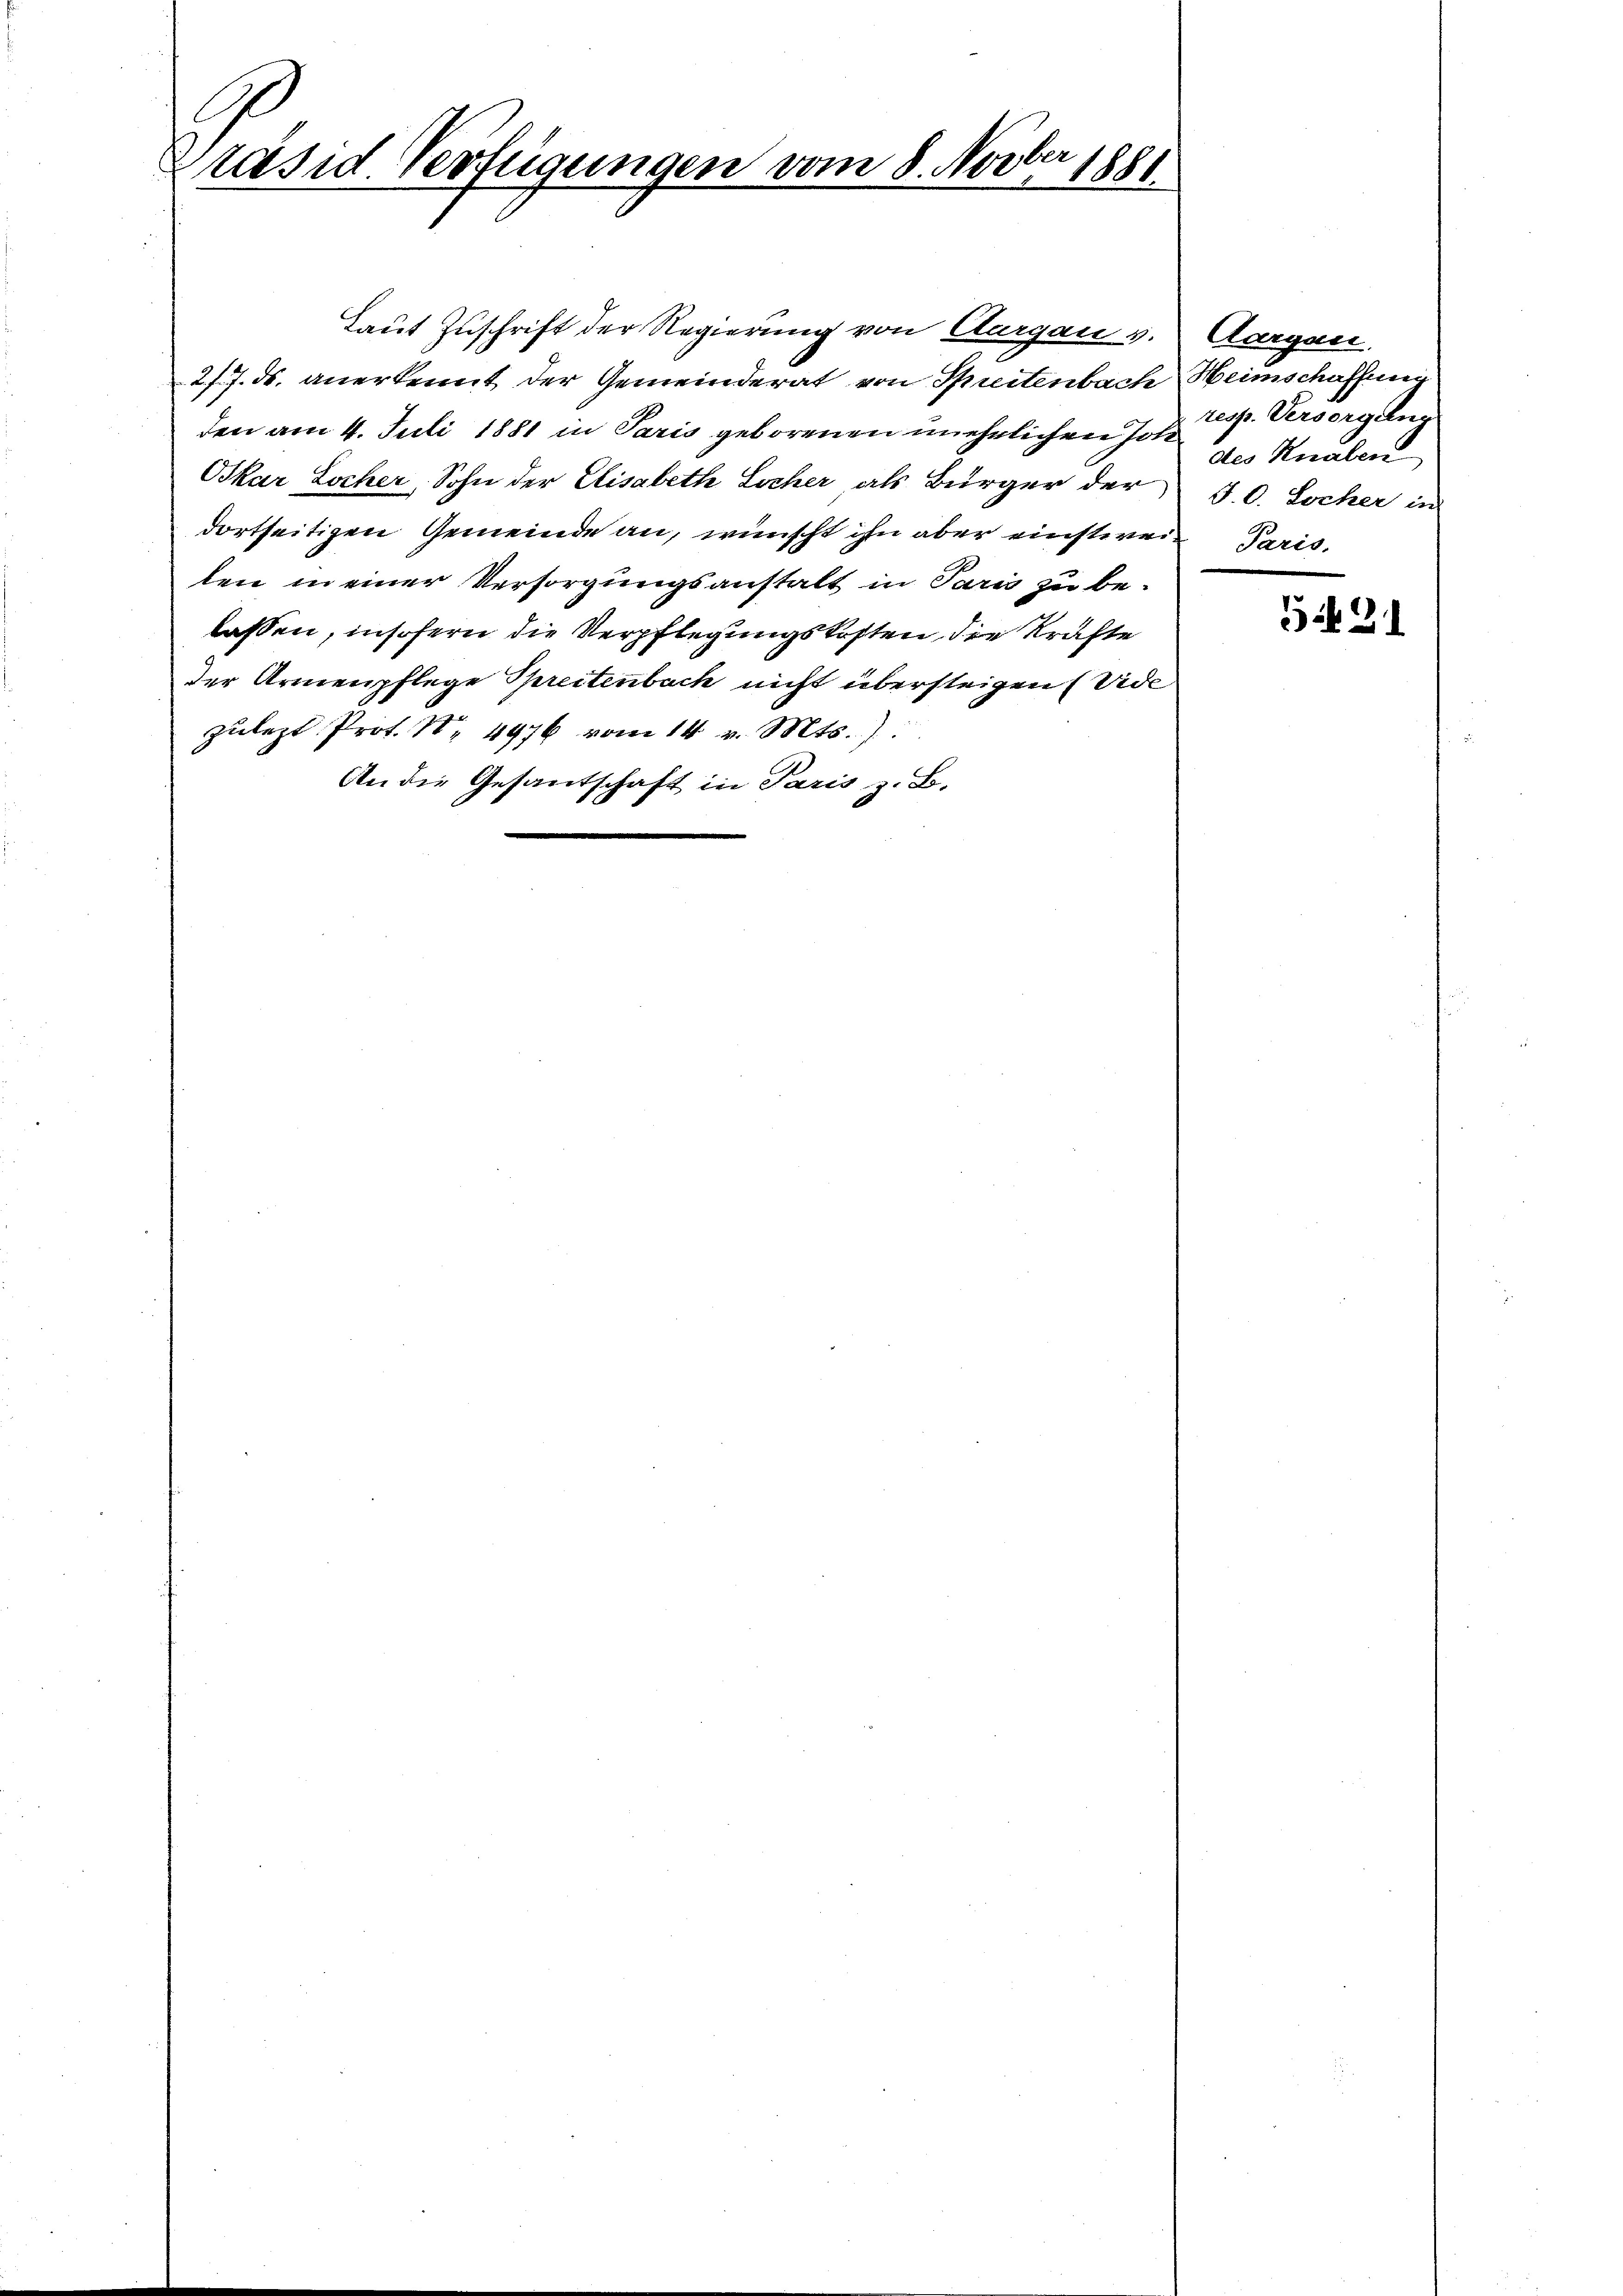
ler
Präsid. Verfügungen vom 8. Nover 1881.

Laut Zuschrift der Regierung von Aargau v.
217. ds. anerkennt der Gemeinderat von Spreitenbach Heimschaffung
den am 4. Juli 1881 in Paris geborenen unehelichen Joh
Oskar Locher, Sohn der Elisabeth Locher, als Bürger der
dortseitigen Gemeinde an, wünscht ihn aber einstwein Paris.
len in einer Versorgungsanstalt in Paris zu be-
lassen, insofern die Verpflegungskosten, die Kräfte
der Armenpflege Spreitenbach nicht übersteigen (Vide
zulezt Prot. No. 4976 vom 14. v. Mts.)
An die Gesandschaft in Paris z. B.

Aargau.
resp. Versorgang
des Knaben
J. C. Locher in

3 31